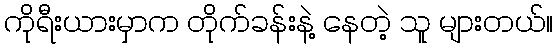
ကိုရီးယားမှာက တိုက်ခန်းနဲ့ နေတဲ့ သူ များတယ်။